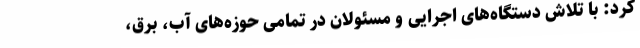
کرد: با تلاش دستگاه‌های اجرایی و مسئولان در تمامی حوزه‌های آب، برق،